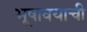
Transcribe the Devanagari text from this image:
भूषावयाची